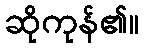
ဆိုကုန်၏။